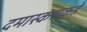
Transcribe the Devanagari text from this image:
दमास्कसकडे